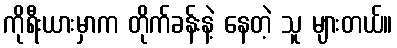
ကိုရီးယားမှာက တိုက်ခန်းနဲ့ နေတဲ့ သူ များတယ်။